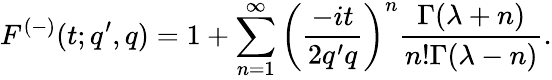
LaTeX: F^{(-)}(t;q^{\prime},q)=1+\sum_{n=1}^{\infty}\left(\frac{-it}{2q^{\prime}q}\right)^{n}\frac{\Gamma(\lambda+n)}{n!\Gamma(\lambda-n)}.